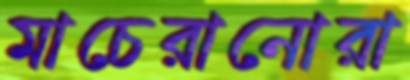
মাচেরানোরা